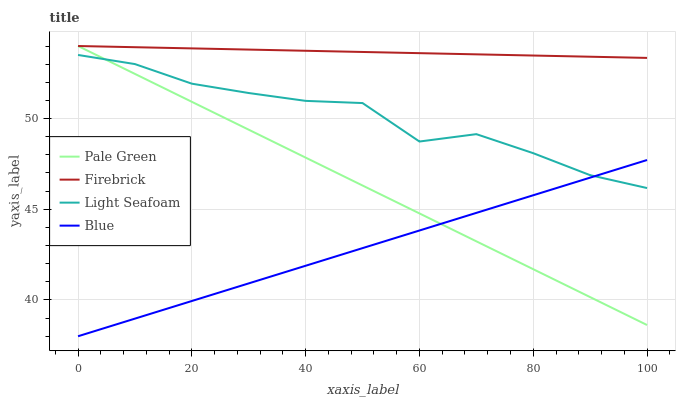
| xaxis_label | Pale Green | Firebrick | Light Seafoam | Blue |
 | --- | --- | --- | --- | --- |
 | 0 | 54 | 54 | 53.5 | 38 |
 | 10 | 52.5 | 53.9 | 53 | 39 |
 | 20 | 50.9 | 53.9 | 51.9 | 39.9 |
 | 30 | 49.4 | 53.8 | 51.4 | 40.9 |
 | 40 | 47.8 | 53.7 | 51 | 41.9 |
 | 50 | 46.3 | 53.7 | 50.9 | 42.9 |
 | 60 | 44.8 | 53.6 | 48.7 | 43.8 |
 | 70 | 43.2 | 53.5 | 49.1 | 44.8 |
 | 80 | 41.7 | 53.5 | 48.1 | 45.8 |
 | 90 | 40.2 | 53.4 | 46.9 | 46.7 |
 | 100 | 38.6 | 53.3 | 46.2 | 47.7 |